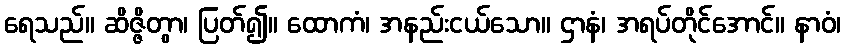
ရေသည်။ ဆိဇ္ဇိတွာ၊ ပြတ်၍။ ထောကံ၊ အနည်းငယ်သော။ ဌာနံ၊ အရပ်တိုင်အောင်။ နာဝံ၊